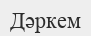
Дәркем